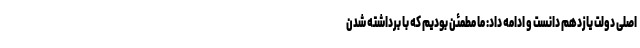
اصلی دولت یازدهم دانست و ادامه داد: ما مطمئن بودیم که با برداشته شدن